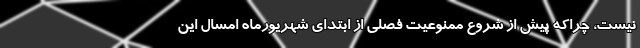
نیست، چراکه پیش از شروع ممنوعیت فصلی از ابتدای شهریورماه امسال این